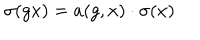
LaTeX: \sigma ( g x ) = a ( g , x ) \cdot \sigma ( x )